system: You are a helpful assistant.
user:
Analyze the provided spectrum to determine if it is a **"Cataclysmic Variables (CV)"**.

- **Key Indicators for CV (Check for either state):**
    - **State 1: Quiescent / Low-State (Emission-Dominated)**
        - **(Primary):** Strong and *very broad* Hydrogen Balmer emission lines (e.g., $H\alpha$ at 6563 Å, $H\beta$ at 4861 Å). The 'broadness' (high velocity dispersion, often FWHM > 1000 km/s) is the key diagnostic, indicating a high-velocity accretion disk.
        - **(Secondary):** Broad neutral Helium (He I) emission lines (e.g., 5876 Å, 6678 Å).
        - **(Key Confirmation):** Presence of high-excitation *ionized* Helium (He II) emission at 4686 Å. This is a strong indicator of accretion onto a white dwarf.
        - **(Line Profile):** Emission lines may exhibit a 'double-peaked' profile, which is a classic signature of a rotating accretion disk viewed at high inclination.

    - **State 2: Outburst / High-State (Absorption-Dominated)**
        - **(Primary):** Spectrum is dominated by a bright, blue continuum (looks like a hot star).
        - **(Secondary):** The emission lines from State 1 are weak, absent, or 'filled in', and are replaced by broad, shallow *absorption* lines (primarily Balmer and He I).
        - **(Morphology):** The overall spectrum mimics a hot B/A-type star. The crucial difference is that the absorption lines are significantly broader, shallower, and more 'washed-out' (or 'smeared') than the sharp lines of a normal stellar photosphere, due to high rotational speeds and pressure broadening in the disk.

Think first, call **spectral_visualization_tool** if needed to examine features in detail, then provide your final answer. Your response must adhere to the following strict rules:
1.  **Overall Structure:** Your response must follow the format `<think>...</think> <tool_call>...</tool_call> (if a tool is used) <answer>...</answer>`.
2.  **Tool Usage Constraint:** You may only make **one** tool call per turn.
3.  **Final Answer Format:** In the `<answer>` tag, your conclusion must be inside a `\boxed{}` command (e.g., `\boxed{YES}`), followed by your justification.

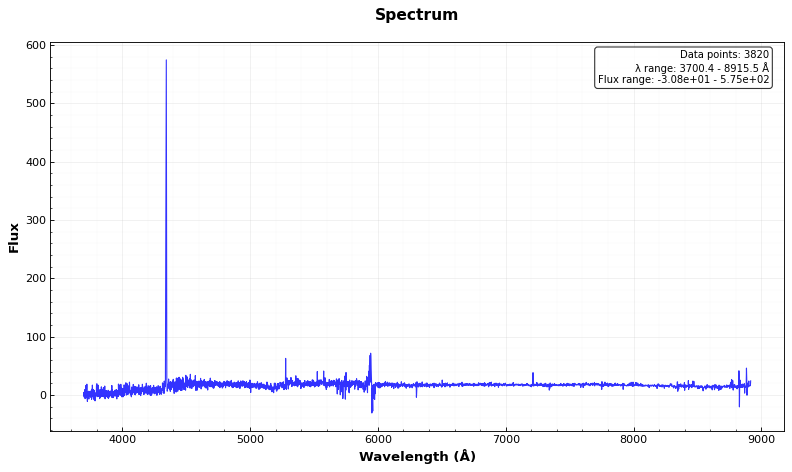
Answer: NO